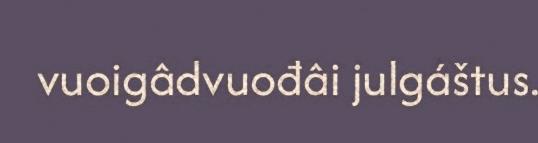
vuoigâdvuođâi julgáštus.